Civil Veterinary Department Bihar & Orissa reports 1929-36 - 1929-1936
Year: 1929
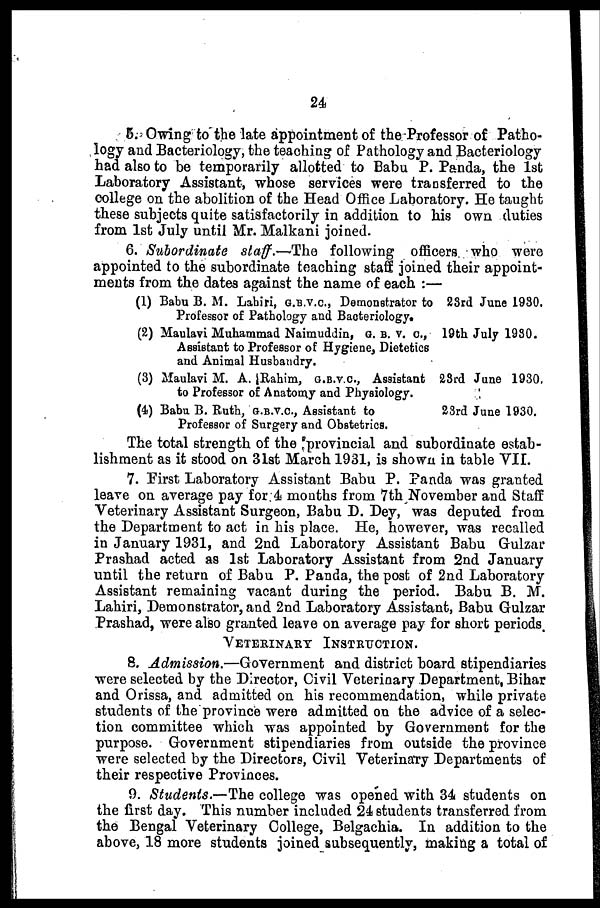
24
5. Owing to the late appointment of the Professor of Patho-
logy and Bacteriology, the teaching of Pathology and Bacteriology
had also to be temporarily allotted to Babu P. Panda, the 1st
Laboratory Assistant, whose services were transferred to the
college on the abolition of the Head Office Laboratory. He taught
these subjects quite satisfactorily in addition to his own duties
from 1st July until Mr. Malkani joined.
6. Subordinate staff.—The following officers who were
appointed to the subordinate teaching staff joined their appoint-
ments from the dates against the name of each:—
(1) Babu B. M. Labiri, G.B.V.C., Demonstrator to 28rd June 1930.
Professor of Pathology and Bacteriology.
(2) Maulavi Muhammad Naimuddin,
G.B.V.C.,
19th July 1930.
Assistant to Professor of Hygiene, Dietetics
and Animal Husbandry.
(3) Maulavi M. A. Rahim, G.B.V.C., Assistant 23rd June 1930.
to Professor of Anatomy and Physiology.
(4) Babu B. Ruth, G.B.V.C., Assistant to
23rd June 1930.
Professor of Surgery and Obstetrics.
The total strength of the provincial and subordinate estab-
lishment as it stood on 31st March 1931, is shown in table VII.
7. First Laboratory Assistant Babu P. Panda was granted
leave on average pay for 4 months from 7th November and Staff
Veterinary Assistant Surgeon, Babu D. Dey, was deputed from
the Department to act in his place. He, however, was recalled
in January 1931, and 2nd Laboratory Assistant Babu Gulzar
Prashad acted as 1st Laboratory Assistant from 2nd January
until the return of Babu P. Panda, the post of 2nd Laboratory
Assistant remaining vacant during the period. Babu B. M.
Lahiri, Demonstrator, and 2nd Laboratory Assistant, Babu Gulzar
Prashad, were also granted leave on average pay for short periods.
VETERINARY
INSTRUCTION.
8. Admission.—Government
and district board stipendiaries
were selected by the Director, Civil Veterinary Department Bihar
and Orissa, and admitted on his recommendation, while private
students of the province were admitted on the advice of a selec-
tion committee which was appointed by Government for the
purpose. Government stipendiaries from outside the province
were selected by the Directors, Civil Veterinary Departments of
their respective Provinces.
9. Students.—The college was opened with 34 students on
the first day. This number included 24 students transferred from
the Bengal Veterinary College, Belgachia. In addition to the
above, 18 more students joined subsequently, making a total of